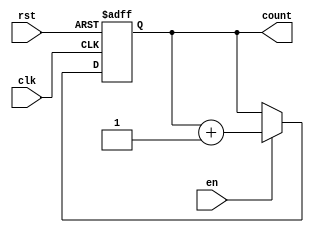
module binary_up_counter #(
    parameter N = 3  // Parameter for the number of bits in the counter (default is 3)
) (
    input wire clk,    // Clock input
    input wire rst,    // Asynchronous reset input
    input wire en,     // Enable input
    output reg [N-1:0] count // Counter output
);

    // Always block triggered on the rising edge of the clock or the reset signal
    always @(posedge clk or posedge rst) begin
        if (rst) begin
            // Reset the counter to 0
            count <= 0;
        end else if (en) begin
            // Increment the counter if enabled
            count <= count + 1;
        end
        // If not enabled, the counter retains its current value
    end

endmodule